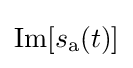
\operatorname {Im} [s_{\mathrm {a} }(t)]